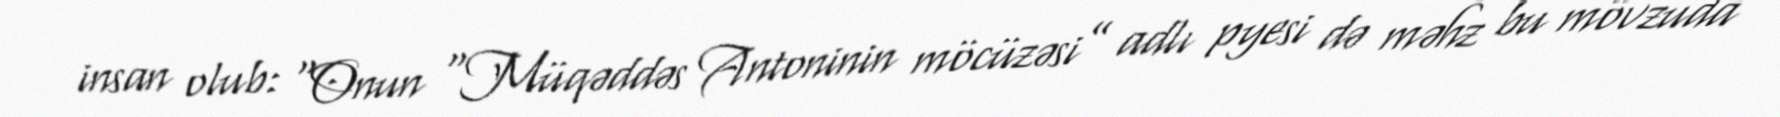
insan olub: “Onun “Müqəddəs Antoninin möcüzəsi” adlı pyesi də məhz bu mövzuda